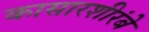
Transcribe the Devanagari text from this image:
कासारशीरंबे